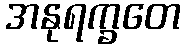
အနုရက္ခတေ